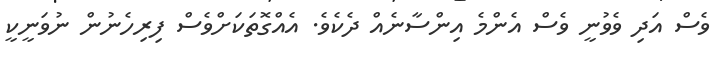
ވެސް އަދި ވެވުނީ ވެސް އެންމެ އިންސާނެއް ދެކެވެ. އެއްގޮތަކަށްވެސް ފިރިހެނުން ނުވަނީކީ